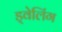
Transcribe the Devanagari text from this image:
ड्वेलिंग